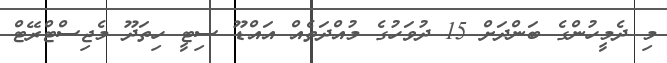
މި ދެމީހުންގެ ބަންދަށް 15 ދުވަހުގެ މުއްދަތެއް އައްޑޫ ސިޓީ ހިތަދޫ މެޖިސްޓްރޭޓް